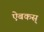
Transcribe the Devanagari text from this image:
ऐबकस्